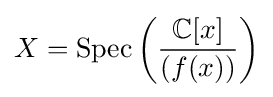
X={\text{Spec}}\left({\frac {\mathbb {C} [x]}{(f(x))}}\right)